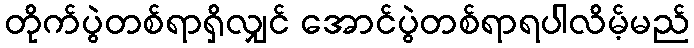
တိုက်ပွဲတစ်ရာရှိလျှင် အောင်ပွဲတစ်ရာရပါလိမ့်မည်